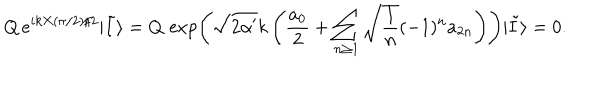
Q \, e ^ { i k X ( \pi / 2 ) / 2 } | \tilde { I } \rangle = Q \, \exp \left( \sqrt { 2 \alpha ^ { \prime } } k \left( { \frac { a _ { 0 } } { 2 } } + \sum _ { n \ge 1 } \sqrt { { \frac { 1 } { n } } } ( - 1 ) ^ { n } a _ { 2 n } \right) \right) | \tilde { I } \rangle = 0 .